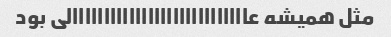
مثل همیشه عاااااااااااااااااااااااااااالی بود